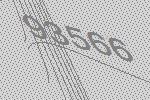
93566